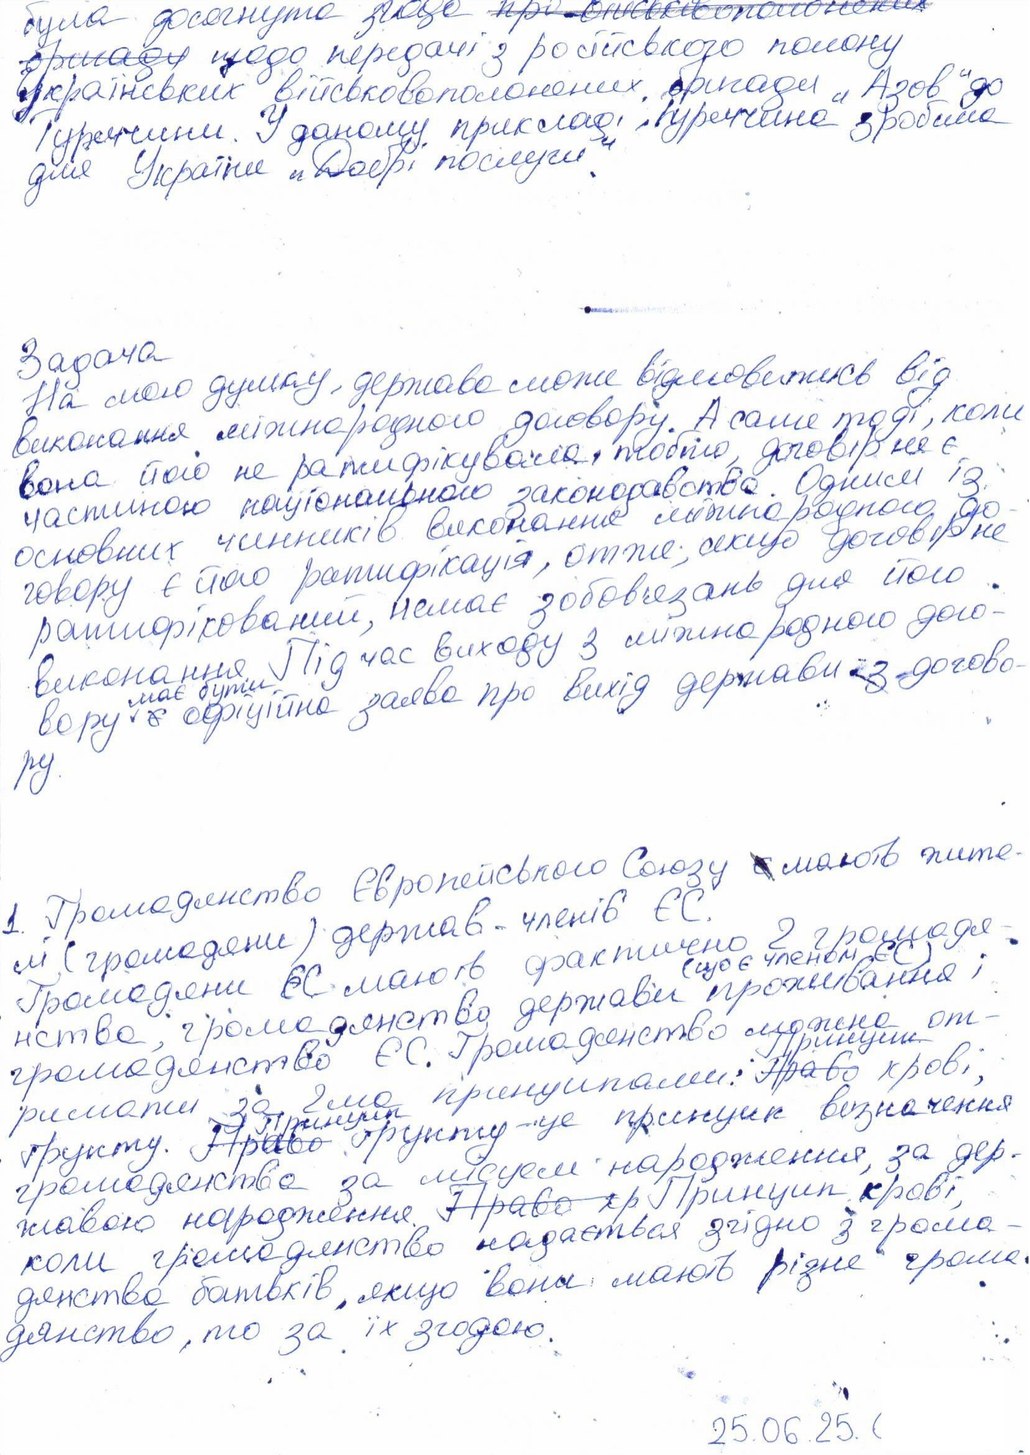
була досягнута згода ~~про військовополонених~~
~~бригаду~~ щодо передачі з російського полону
українських військовополонених бригади "Азов" до
Туреччини. У даному прикладі Туреччина зробила
для України "Добрі послуги".
Задача
На мою думку, держава може відмовитись від
виконання міжнародного договору. А саме тоді, коли
вона його не ратифікувала, тобто договір не є
частиною національного законодавства. Одним із
основних чинників виконання міжнародного до
говору є його ратифікація, отже, якщо договір не
ратифікований, немає зобов'язань для його
виконання. Під час виходу з міжнародного дого-
вору має бути ~~є~~ офіційна заява про вихід держави із догово-
ру.
1 Громадянство Європейського Союзу ~~є~~ мають жите-
лі (громадяни) держав-членів ЄС.
Громадяни ЄС  мають фактично 2 громадя-
нства, громадянство держави проживання (що є членом ЄС) і
громадянство ЄС. Громадянство можна от-
римати за 2ма принципами: ~~Право~~{Принцип} крові,
ґрунту. ~~Право~~{Принцип} ґрунту - це принцип визначення
громадянства за місцем народження, за дер-
жавою народження. ~~Право кр~~ Принцип крові,
коли громадянство надається згідно з грома-
дянства батьків, якщо вони мають різне грома-
дянство, то за їх згодою.
25.06.25.